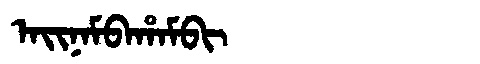
Manchu: ᠠᡳᠨᠠᠮᠪᠠᡥᠠᠮᠪᡳ
Romanization: AINAMBAHAMBI